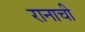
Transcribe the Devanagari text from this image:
रानाची